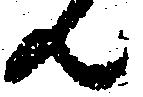
共